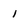
Character: 1